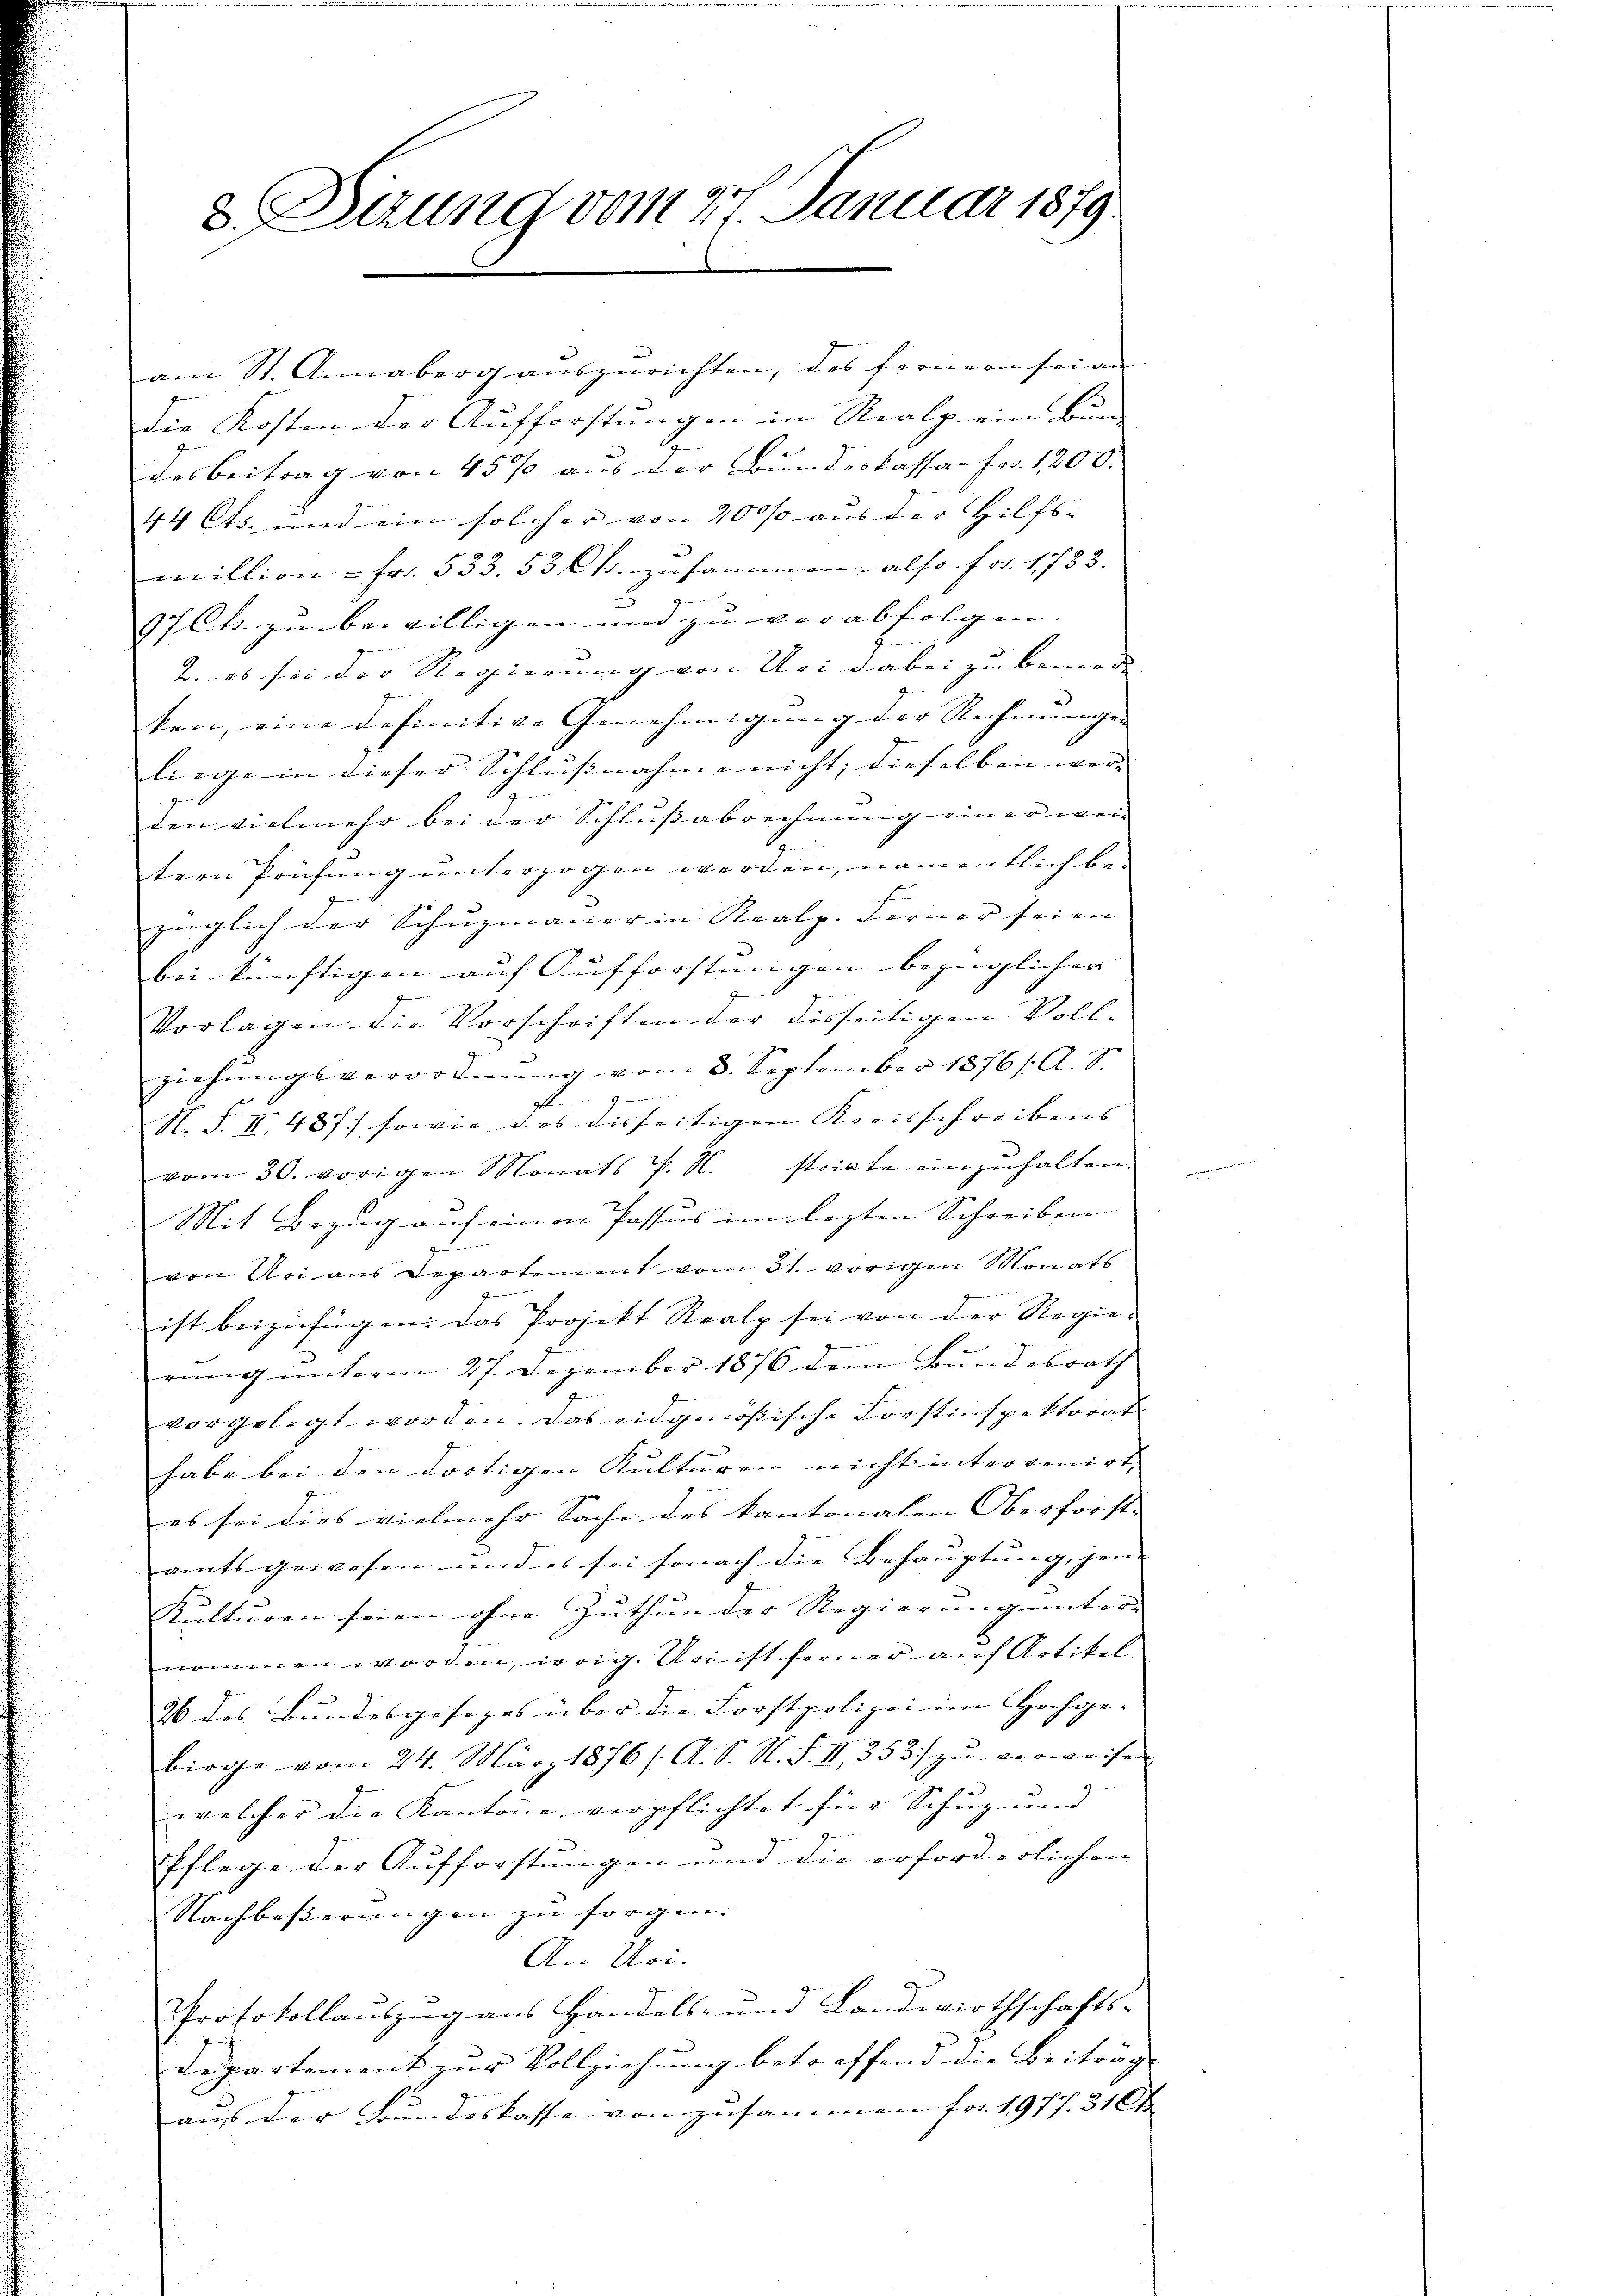
d. Sizung vom 27. Januar 1879.

am St. Annaberg auszurichten, das fernern sei an
Die Kosten der Aufforstungen in Realp ein Bun-
¬
desbeitrag von 45 % aus der Bundeskassa- Fr. 1200.
44 Cts. und ein solcher von 20% aus der Hilfscillion - Fr. 533. 53 Cts. zusammen also Fr. 1753. |
97 Cts. zu bewilligen und zu verabfolgen. |
2. es sei der Regierung von Uri dabei zu benen |
ben, eine definitive Genehmigung der Rechnungen |
liege in dieser Schlußnahme nicht; dieselben wäre |
den vielmehr bei der Schlussabrechnung einer wei
tern Prüfung unterzogen werden, namentlich be-
züglich der Schuzmanner in Realp. Ferner seien |
bei künftigen auf Aufforstungen bezüglichen |
z
Vorlagen die Vorschriften der disseitigen Vollziehungsverordnŭng vom 8. September 1876/. A. S.

N. S. II. 487 sowie des disseitigen Kreisschreibens
vom 30. vorigen Monats P. M. stricte einzŭhalten.
Mit Bezug auf einen Passus im lezten Schreiben
gu
von Uri aus Departement vom 31. vorigen Monats
ist beizufügen. Das Projekt Realp sei von der Regierung unterm 27. Dezember 1876 dem Bundesrath
vorgelegt worden. Das eidgenößische Forstinspektorat
habe bei den dortigen Kulturen nicht intervenirt |
es sei dies vielmehr Sache des Kantonalen Oberforst- |
amtsgewesen und es sei sonach die Behauptung, jene
Kulturen seien ohne Zuthun der Regierung unter- |
nommen worden, weig. Uri ist ferner auf Artikel
26 des Bundesgesezes über die Forstpolizei im Hochge-
birge vom 24. März 1876 /: A. S. N. S. II., 353) zu verweisen
welcher die Kantone verpflichtet für Schuz- und
Pflege der Aufforstungen und die erforderlichen
Nachbeßerungen zu sorgen. |
An Uri.
Protokollauszug aus Handels- und Landwirthschafts-
Departement zur Vollziehung betreffend die Beiträge
aus der Bundeskasse von zusammen Fr. 1977. 310 f